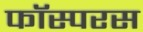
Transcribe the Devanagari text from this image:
फॉस्परस